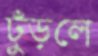
ঢুঁড়লে